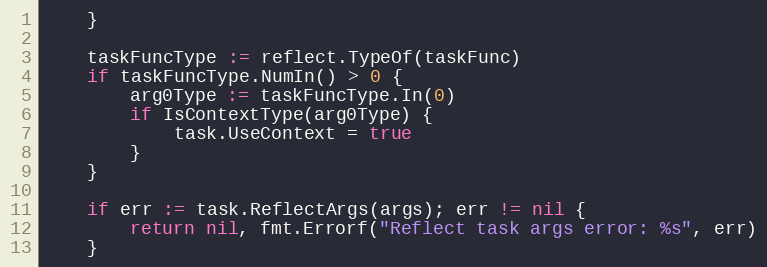
Language: Go
	}

	taskFuncType := reflect.TypeOf(taskFunc)
	if taskFuncType.NumIn() > 0 {
		arg0Type := taskFuncType.In(0)
		if IsContextType(arg0Type) {
			task.UseContext = true
		}
	}

	if err := task.ReflectArgs(args); err != nil {
		return nil, fmt.Errorf("Reflect task args error: %s", err)
	}